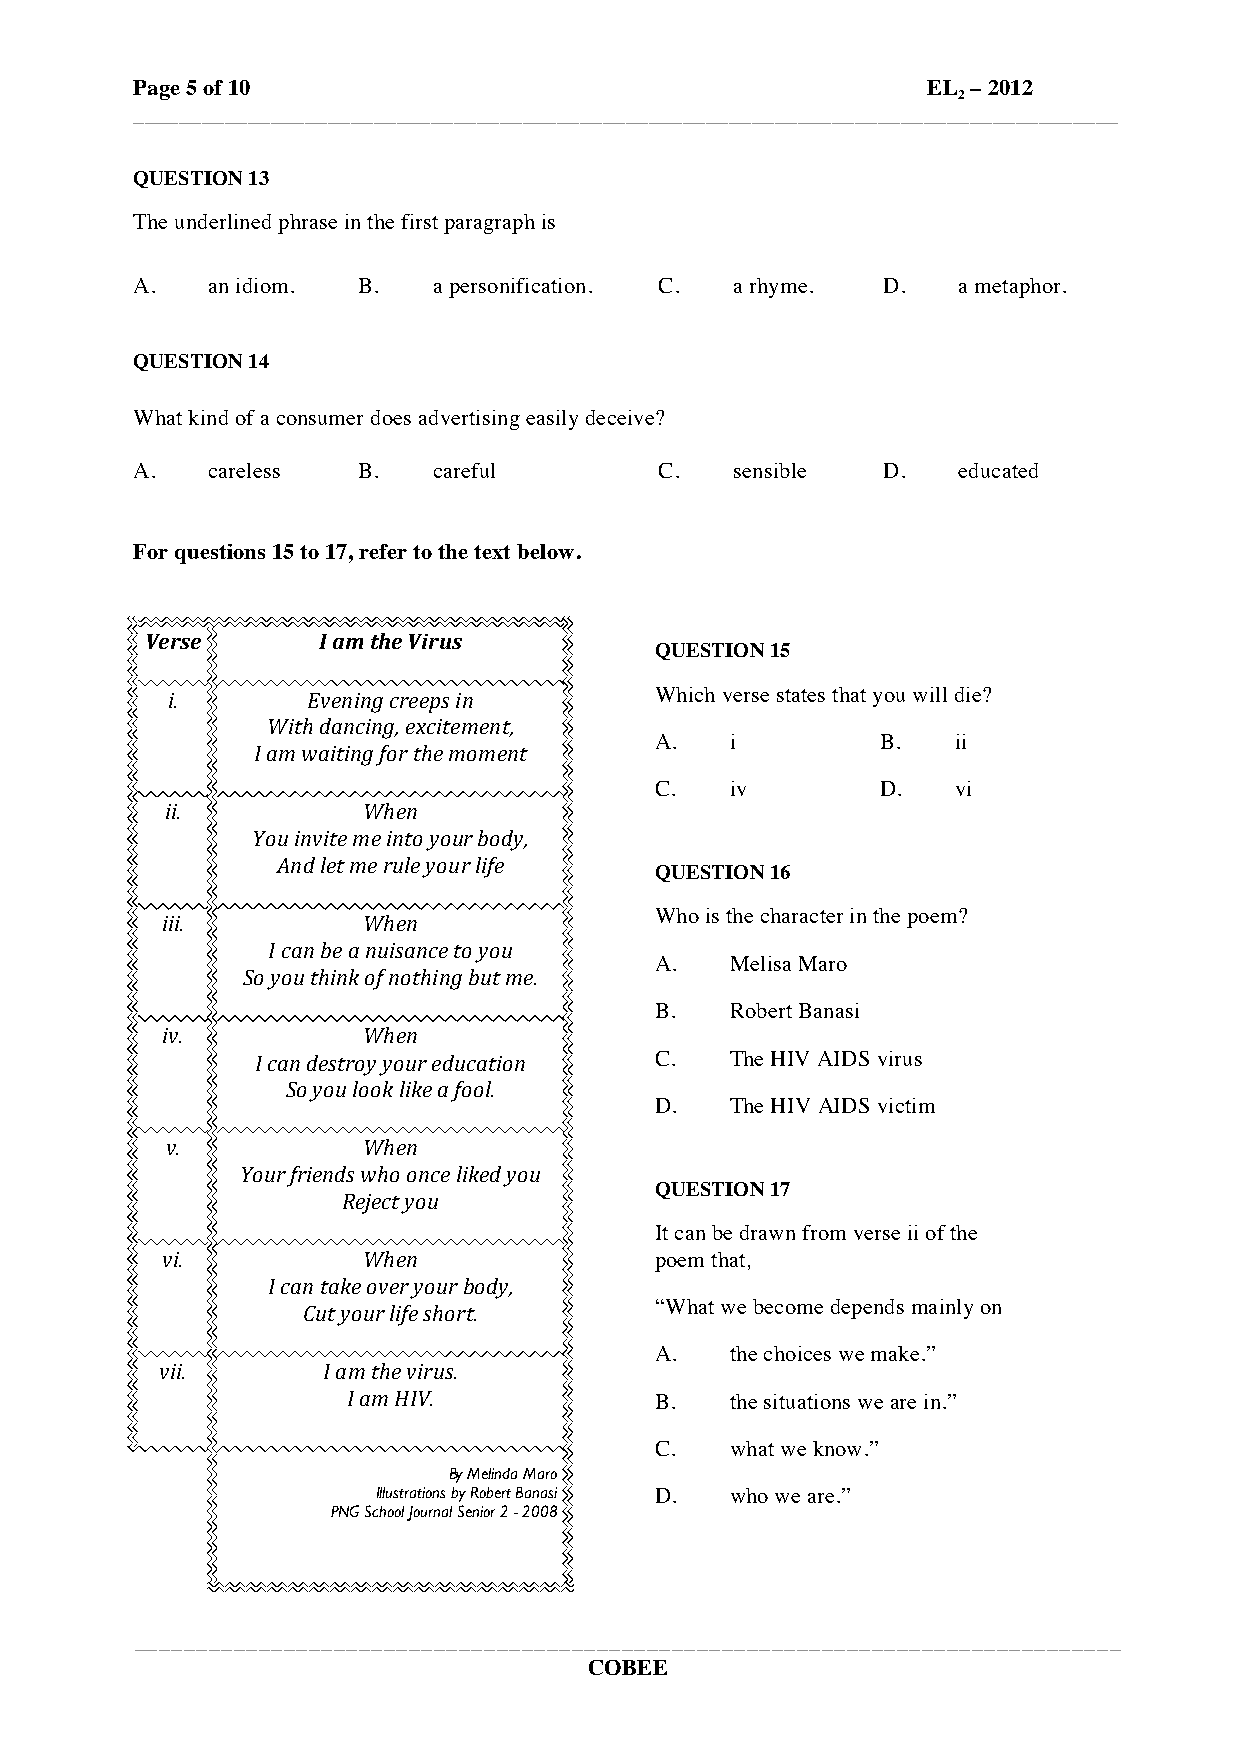
Page 5 of 10                                        EL – 2012
 2
 ______________________________________________________________________________________
 QUESTION 13
 The underlined phrase in the first paragraph is
 A.   an idiom. B.   a personification. C. a rhyme. D. a metaphor.
 QUESTION 14
 What kind of a consumer does advertising easily deceive?
 A.   careless  B.   careful        C.   sensible D.   educated
 For questions 15 to 17, refer to the text below.
 Verse      I am the Virus
 QUESTION 15
 i.       Evening creeps in      Which verse states that you will die?
 With dancing, excitement,
 A.   i         B.   ii
 I am waiting for the moment
 C.   iv        D.   vi
 ii.          When
 You invite me into your body,
 And let me rule your life
 QUESTION 16
 Who is the character in the poem?
 iii.         When
 I can be a nuisance to you
 A.   Melisa Maro
 So you think of nothing but me.
 B.   Robert Banasi
 iv.          When
 I can destroy your education C. The HIV AIDS virus
 So you look like a fool.
 D.   The HIV AIDS victim
 v.           When
 Your friends who once liked you
 QUESTION 17
 Reject you
 It can be drawn from verse ii of the
 vi.          When               poem that,
 I can take over your body,
 “What we become depends mainly on
 Cut your life short.
 A.   the choices we make.”
 vii.      I am the virus.
 I am HIV.           B.   the situations we are in.”
 C.   what we know.”
 By Melinda Maro
 Illustrations by Robert Banasi D. who we are.”
 PNG School Journal Senior 2 - 2008
 _______________________________________________________________________________
 COBEE